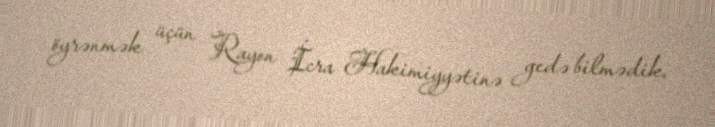
öyrənmək üçün Rayon İcra Hakimiyyətinə gedə bilmədik.